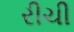
રીચી